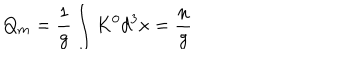
LaTeX: Q _ { m } = \frac { 1 } { g } \int K ^ { 0 } d ^ { 3 } x = \frac { n } { g }